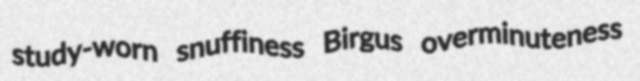
study-worn snuffiness Birgus overminuteness